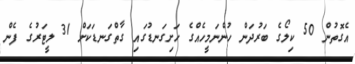
އެގޮތުން 50 ކިލޯގެ ބަރުދަން ހުންނަމީހެއްގެ ހަށިގަނޑުގައި ގާތްގަނޑަކަށް 31 ލީޓަރުގެ ފެން